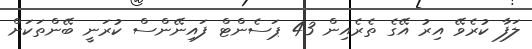
ލަފާ ކުރެވޭ އިރު އޭގެ ތެރެއިން 43 ޕަސެންޓް ފައިނޭންސް ކުރަނީ ބޭންތަކަށް